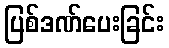
ပြစ်ဒဏ်ပေးခြင်း